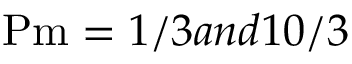
\mathrm { P m } = 1 / 3 a n d 1 0 / 3